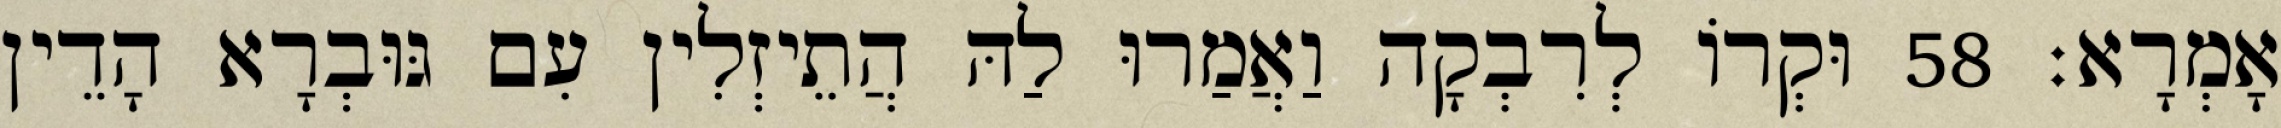
אָמְרָא׃ 58 וּקְרוֹ לְרִבְקָה וַאֲמַרוּ לַהּ הֲתֵיזְלִין עִם גּוּבְרָא הָדֵין